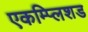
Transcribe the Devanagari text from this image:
एकम्प्लिशड